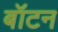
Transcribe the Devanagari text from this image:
बॉटन